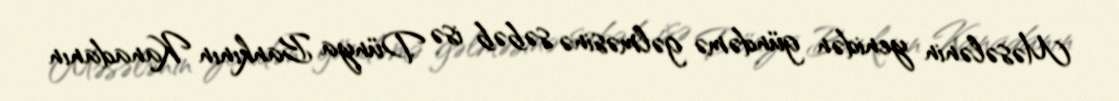
Məsələnin yenidən gündəmə gəlməsinə səbəb isə Dünya Bankının Kanadanın